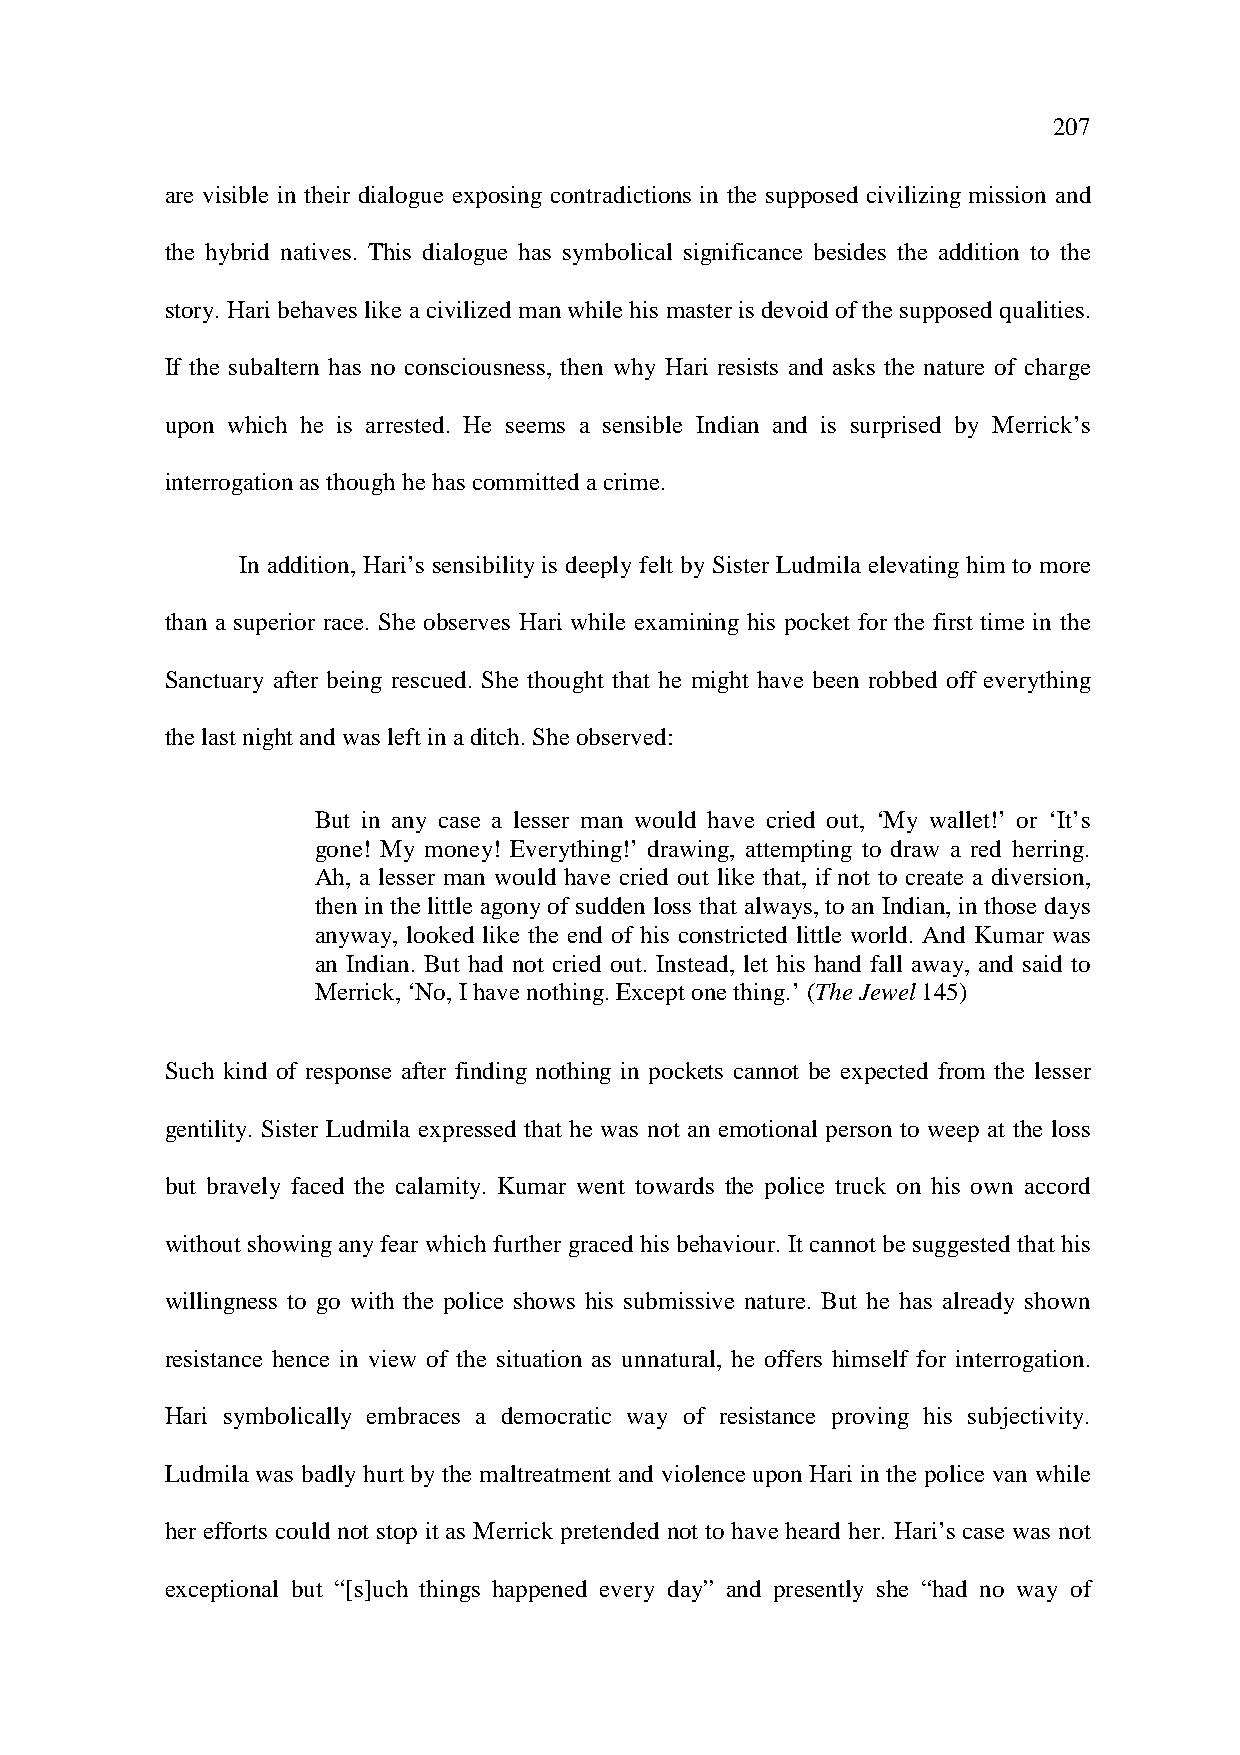
207
 are visible in their dialogue exposing contradictions in the supposed civilizing mission and
 the hybrid natives. This dialogue has symbolical significance besides the addition to the
 story. Hari behaves like a civilized man while his master is devoid of the supposed qualities.
 If the subaltern has no consciousness, then why Hari resists and asks the nature of charge
 upon which he is arrested. He seems a sensible Indian and is surprised by Merrick’s
 interrogation as though he has committed a crime.
 In addition, Hari’s sensibility is deeply felt by Sister Ludmila elevating him to more
 than a superior race. She observes Hari while examining his pocket for the first time in the
 Sanctuary after being rescued. She thought that he might have been robbed off everything
 the last night and was left in a ditch. She observed:
 But in any case a lesser man would have cried out, ‘My wallet!’ or ‘It’s
 gone! My money! Everything!’ drawing, attempting to draw a red herring.
 Ah, a lesser man would have cried out like that, if not to create a diversion,
 then in the little agony of sudden loss that always, to an Indian, in those days
 anyway, looked like the end of his constricted little world. And Kumar was
 an Indian. But had not cried out. Instead, let his hand fall away, and said to
 Merrick, ‘No, I have nothing. Except one thing.’ (The Jewel 145)
 Such kind of response after finding nothing in pockets cannot be expected from the lesser
 gentility. Sister Ludmila expressed that he was not an emotional person to weep at the loss
 but bravely faced the calamity. Kumar went towards the police truck on his own accord
 without showing any fear which further graced his behaviour. It cannot be suggested that his
 willingness to go with the police shows his submissive nature. But he has already shown
 resistance hence in view of the situation as unnatural, he offers himself for interrogation.
 Hari symbolically embraces a democratic way of resistance proving his subjectivity.
 Ludmila was badly hurt by the maltreatment and violence upon Hari in the police van while
 her efforts could not stop it as Merrick pretended not to have heard her. Hari’s case was not
 exceptional but “[s]uch things happened every day” and presently she “had no way of